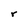
Character: r